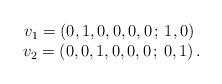
LaTeX: \begin{align*}\begin{array}{c}v_1=\left(0,1,0,0,0,0\, ;\,1,0\right)\ \\v_2=\left(0,0,1,0,0,0\, ;\,0,1\right).\end{array}\end{align*}